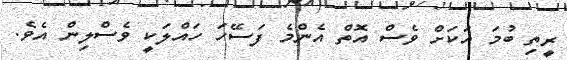
ރީތި ބުމަ އަކަށް ވެސް އޮތް އެންމެ ފަސޭހަ ހައްލަކީ ވެސްލިން އެވެ.